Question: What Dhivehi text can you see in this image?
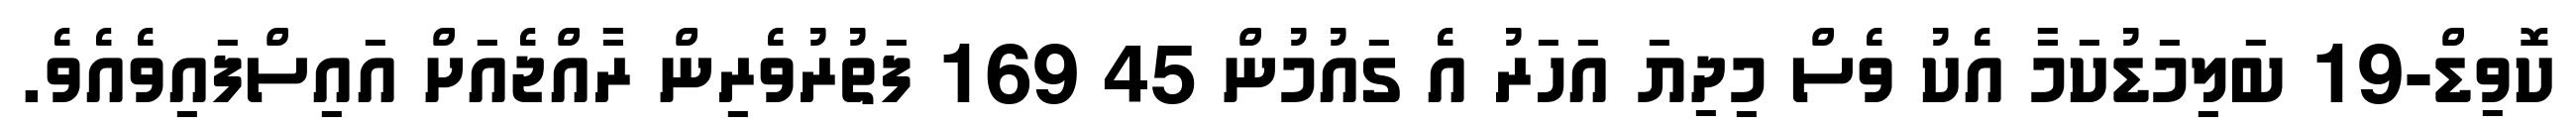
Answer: ކޮވިޑް-19 ބަލިމަޑުކަމާ އެކު ވެސް މިދިޔަ އަހަރު އެ ގައުމުން 45 169 ފަތުރުވެރިން ރާއްޖެއަށް އައިސްފައިވެއެވެ.